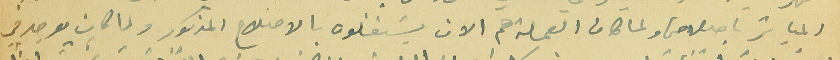
المباشر باصلاحها ولما كان العملة هم الان يشتغلون بالاصلاح المذكور ولما كان يوجد في